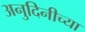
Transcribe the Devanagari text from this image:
अनुदिनीच्या